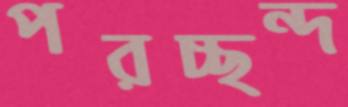
পরচ্ছন্দ